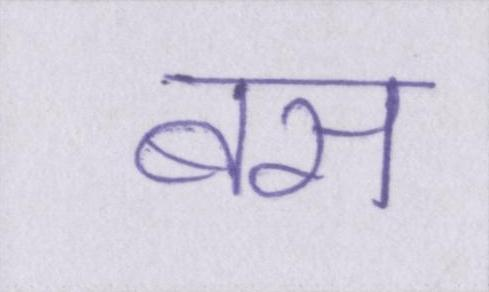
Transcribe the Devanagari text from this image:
बस